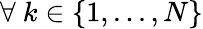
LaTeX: \forall\ k\in\{ 1,...,N\}